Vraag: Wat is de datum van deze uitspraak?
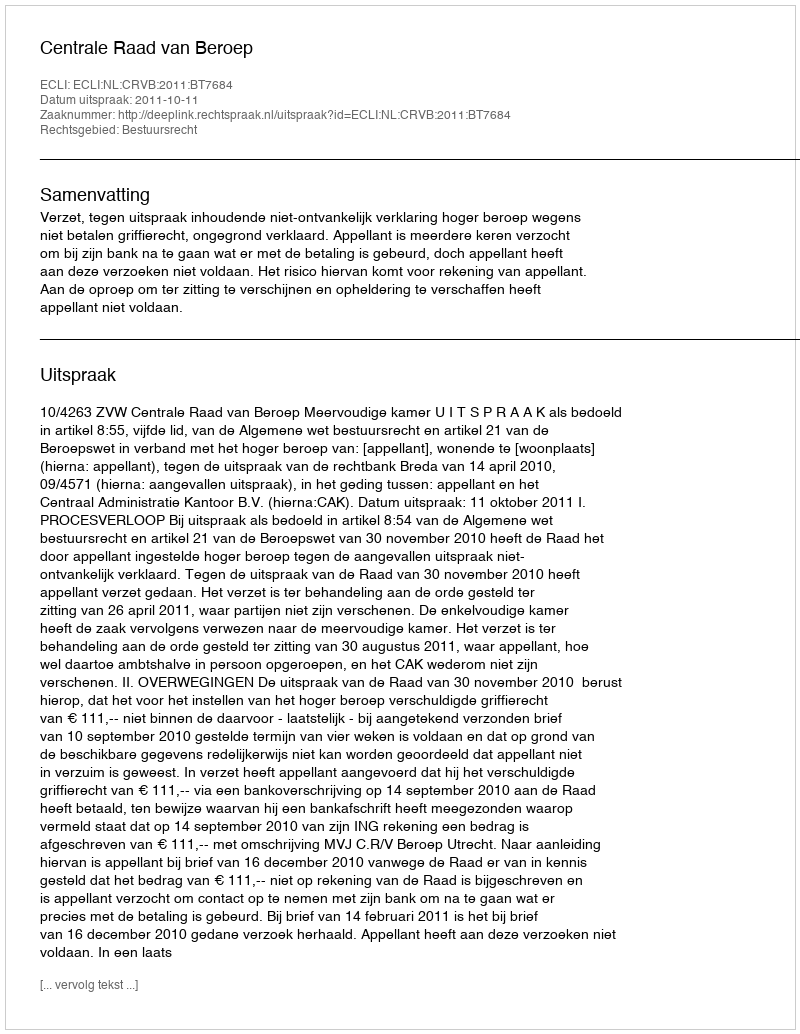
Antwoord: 2011-10-11